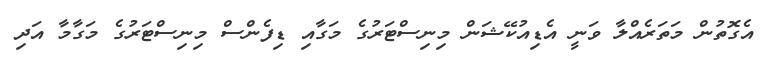
އެގޮތުން މަތަރެއްލާ ވަނީ އެޑިއުކޭޝަން މިނިސްޓަރުގެ މަގާއި ޑިފެންސް މިނިސްޓަރުގެ މަގާމާ އަދި